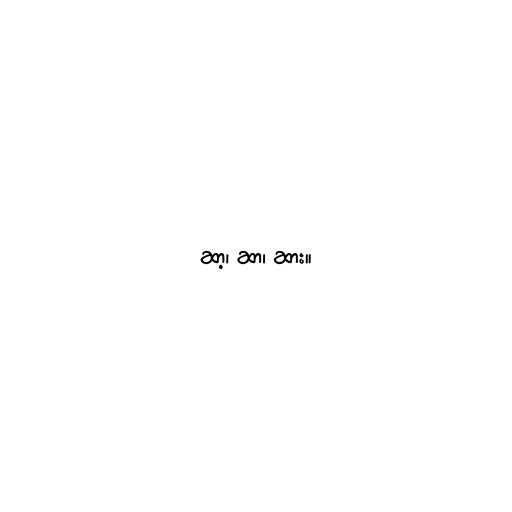
ဆာ့၊ ဆာ၊ ဆား။